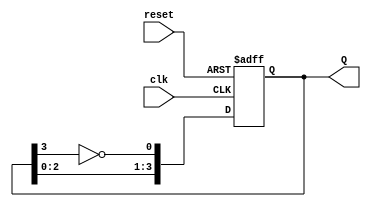
module JohnsonCounter (
    input wire clk,        // Clock signal
    input wire reset,      // Asynchronous reset signal
    output reg [3:0] Q     // 4-bit output representing the current state
);

// Asynchronous reset
always @(posedge clk or posedge reset) begin
    if (reset) begin
        Q <= 4'b0000; // Initialize to 0000 on reset
    end else begin
        // Johnson counter logic
        Q[0] <= ~Q[3]; // Invert the last bit and assign to the first bit
        Q[1] <= Q[0];  // Shift the bits
        Q[2] <= Q[1];
        Q[3] <= Q[2];
    end
end

endmodule